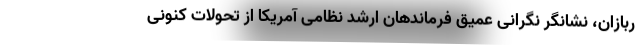
ربازان، نشانگر نگرانی عمیق فرماندهان ارشد نظامی آمریکا از تحولات کنونی